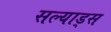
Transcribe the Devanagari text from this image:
सल्याड्स